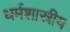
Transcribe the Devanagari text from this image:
धर्मशास्रीय